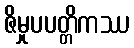
ဇိမှုပပတ္တိကဿ